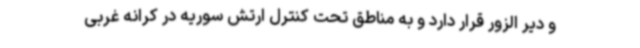
و دیر الزور قرار دارد و به مناطق تحت کنترل ارتش سوریه در کرانه غربی